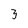
Character: 3